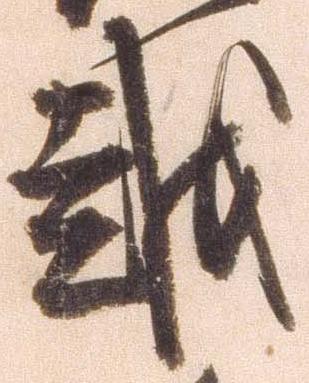
越